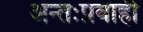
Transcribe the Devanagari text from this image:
अन्तःप्रवाही